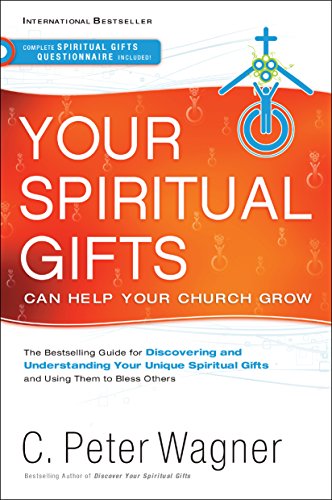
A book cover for Your Spiritual Gifts Can Help Your Church Grow; C. Peter Wagner; Christian Books & Bibles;